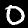
Digit: 0